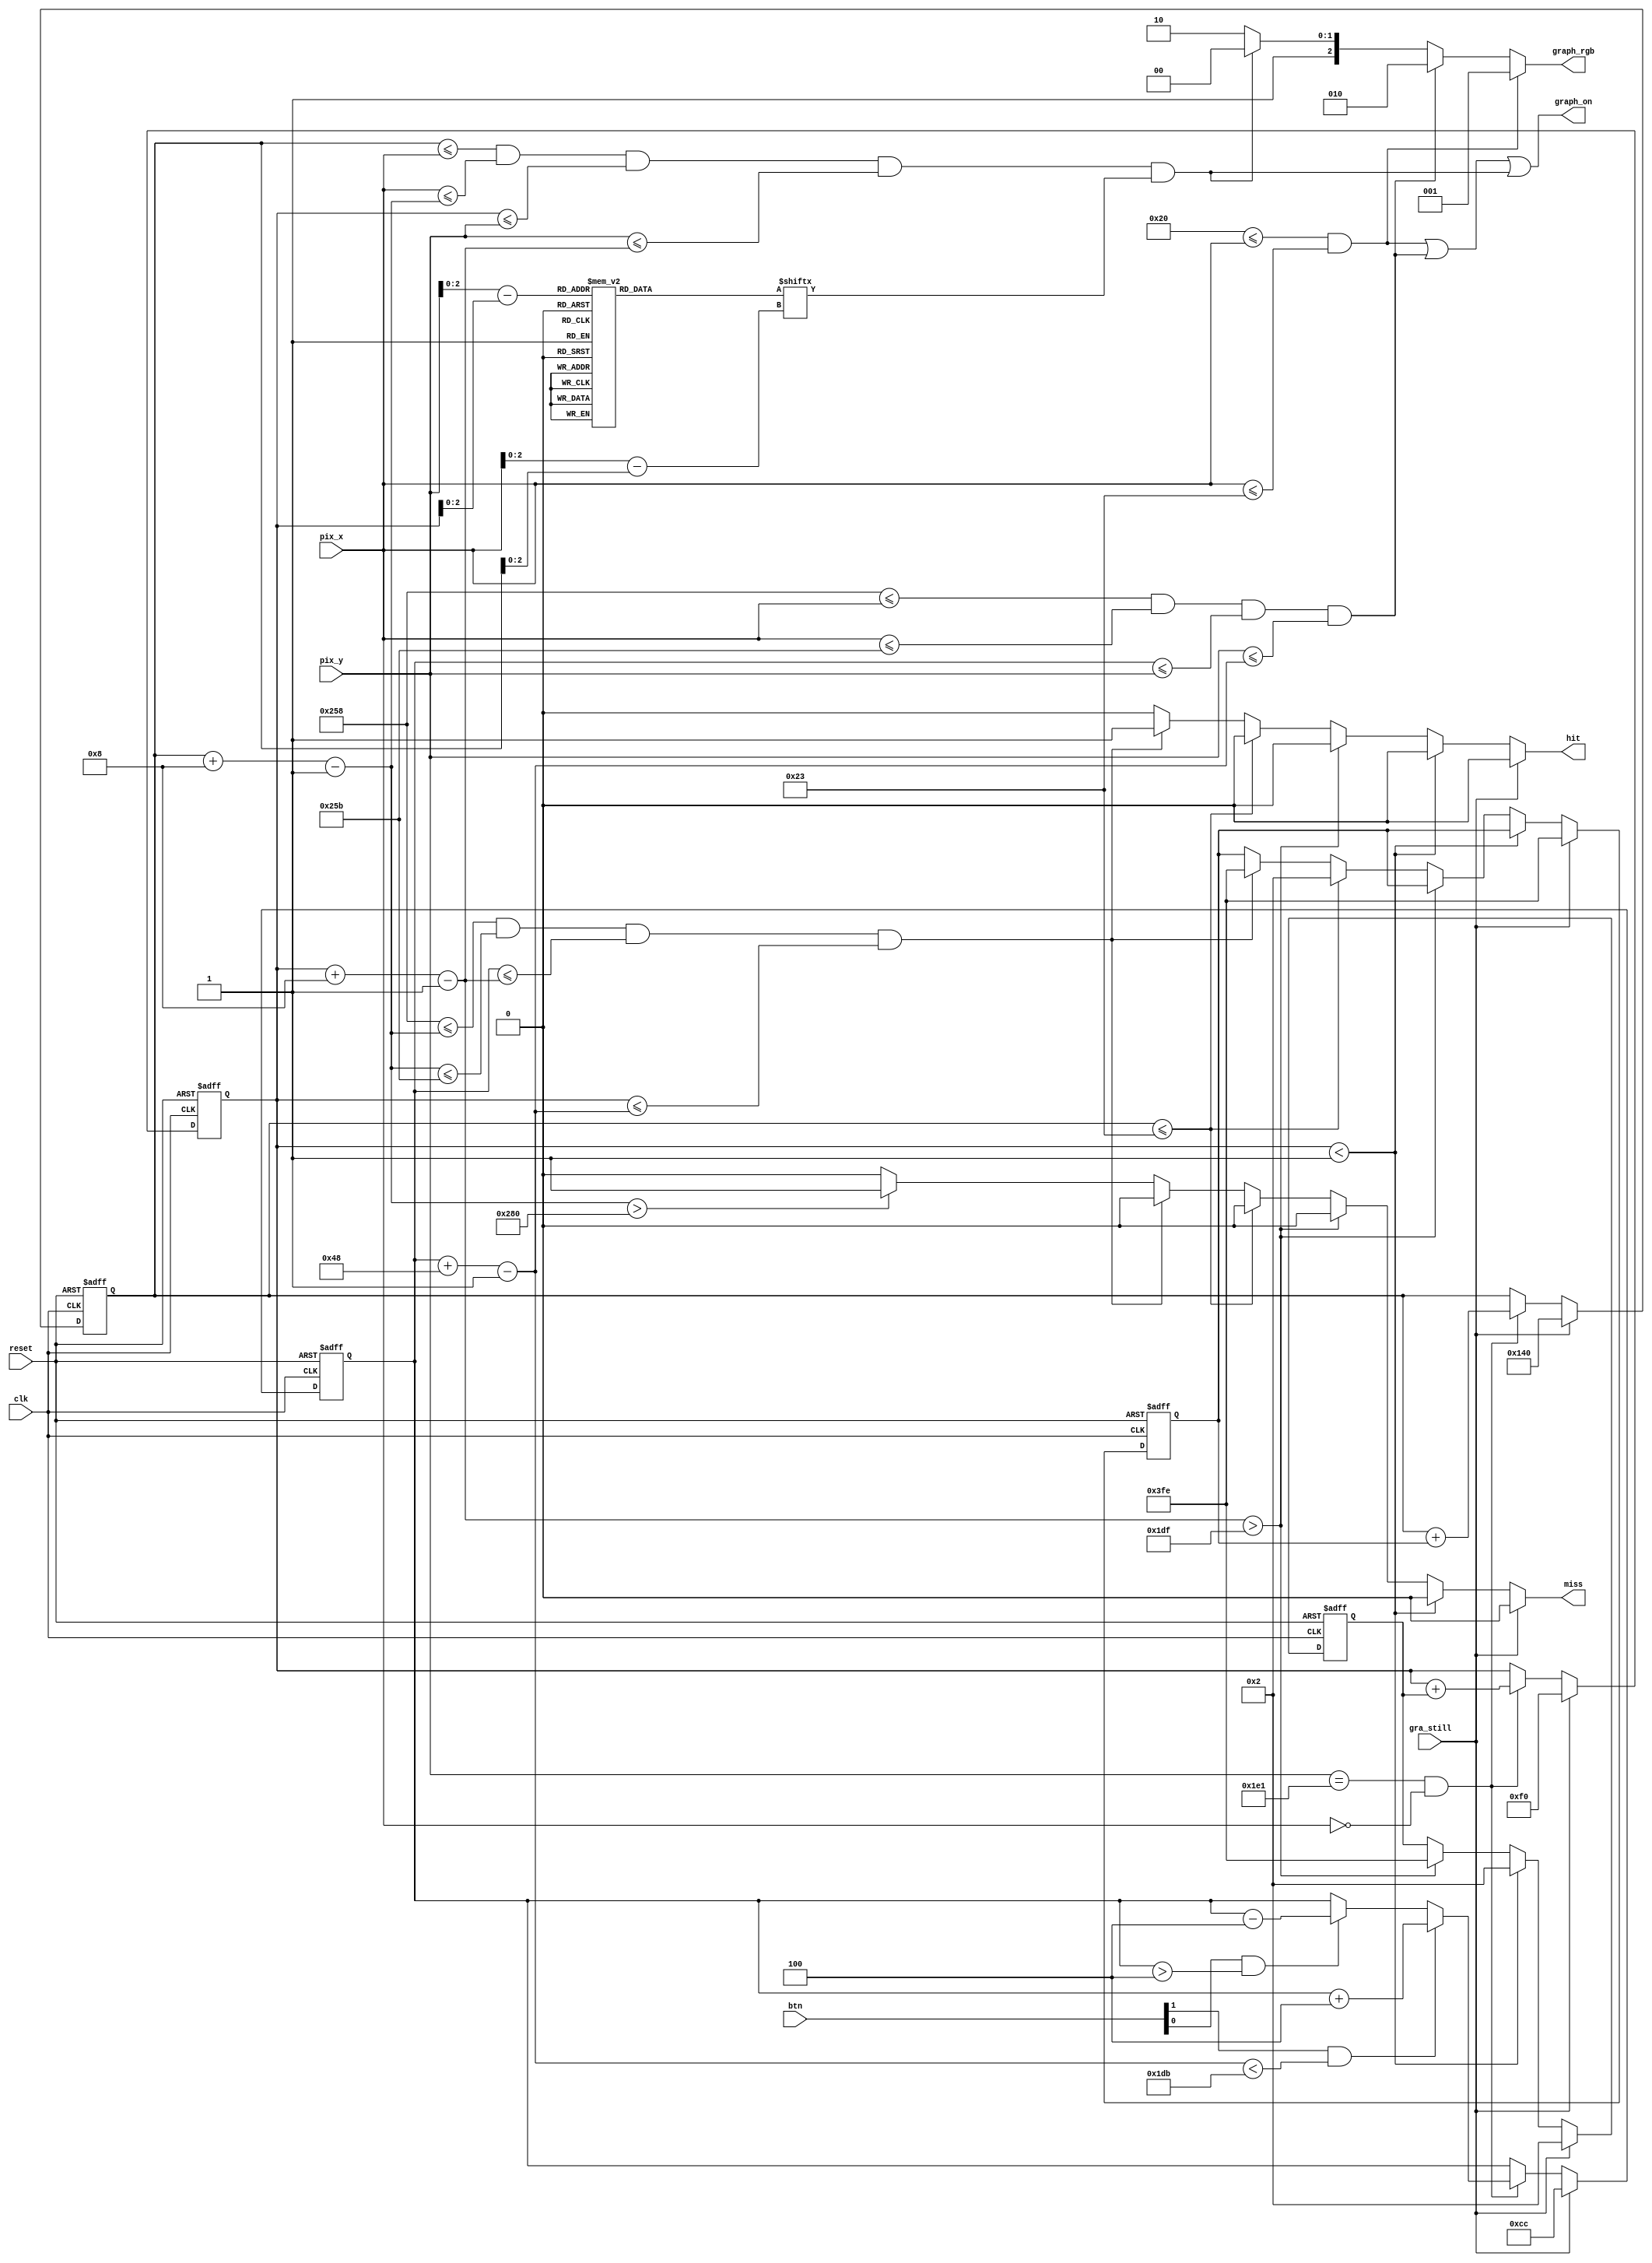
module pong_graph 
   (
    input wire clk, reset,
    input wire [1:0] btn,
    input wire [9:0] pix_x, pix_y,
    input wire gra_still,
    output wire graph_on,
    output reg hit, miss,
    output reg [2:0] graph_rgb
   );

   // costant and signal declaration
   // x, y coordinates (0,0) to (639,479)
   localparam MAX_X = 640;
   localparam MAX_Y = 480;
   wire refr_tick;
   //--------------------------------------------
   // vertical strip as a wall
   //--------------------------------------------
   // wall left, right boundary
   localparam WALL_X_L = 32;
   localparam WALL_X_R = 35;
   //--------------------------------------------
   // right vertical bar
   //--------------------------------------------
   // bar left, right boundary
   localparam BAR_X_L = 600;
   localparam BAR_X_R = 603;
   // bar top, bottom boundary
   wire [9:0] bar_y_t, bar_y_b;
   localparam BAR_Y_SIZE = 72;
   // register to track top boundary  (x position is fixed)
   reg [9:0] bar_y_reg, bar_y_next;
   // bar moving velocity when the button are pressed
   localparam BAR_V = 4;
   //--------------------------------------------
   // square ball
   //--------------------------------------------
   localparam BALL_SIZE = 8;
   // ball left, right boundary
   wire [9:0] ball_x_l, ball_x_r;
   // ball top, bottom boundary
   wire [9:0] ball_y_t, ball_y_b;
   // reg to track left, top position
   reg [9:0] ball_x_reg, ball_y_reg;
   wire [9:0] ball_x_next, ball_y_next;
   // reg to track ball speed
   reg [9:0] x_delta_reg, x_delta_next;
   reg [9:0] y_delta_reg, y_delta_next;
   // ball velocity can be pos or neg)
   localparam BALL_V_P = 2;
   localparam BALL_V_N = -2;
   //--------------------------------------------
   // round ball 
   //--------------------------------------------
   wire [2:0] rom_addr, rom_col;
   reg [7:0] rom_data;
   wire rom_bit;
   //--------------------------------------------
   // object output signals
   //--------------------------------------------
   wire wall_on, bar_on, sq_ball_on, rd_ball_on;
   wire [2:0] wall_rgb, bar_rgb, ball_rgb;
  
   // body 
   //--------------------------------------------
   // round ball image ROM
   //--------------------------------------------
   always @*
   case (rom_addr)
      3'h0: rom_data = 8'b00111100; //   ****
      3'h1: rom_data = 8'b01111110; //  ******
      3'h2: rom_data = 8'b11111111; // ********
      3'h3: rom_data = 8'b11111111; // ********
      3'h4: rom_data = 8'b11111111; // ********
      3'h5: rom_data = 8'b11111111; // ********
      3'h6: rom_data = 8'b01111110; //  ******
      3'h7: rom_data = 8'b00111100; //   ****
   endcase
   
   // registers
   always @(posedge clk, posedge reset)
      if (reset)
         begin
            bar_y_reg <= 0;
            ball_x_reg <= 0;
            ball_y_reg <= 0;
            x_delta_reg <= 10'h004;
            y_delta_reg <= 10'h004;
         end   
      else
         begin
            bar_y_reg <= bar_y_next;
            ball_x_reg <= ball_x_next;
            ball_y_reg <= ball_y_next;
            x_delta_reg <= x_delta_next;
            y_delta_reg <= y_delta_next;
         end   

   // refr_tick: 1-clock tick asserted at start of v-sync
   //       i.e., when the screen is refreshed (60 Hz)
   assign refr_tick = (pix_y==481) && (pix_x==0);
   
   //--------------------------------------------
   // (wall) left vertical strip
   //--------------------------------------------
   // pixel within wall
   assign wall_on = (WALL_X_L<=pix_x) && (pix_x<=WALL_X_R);
   // wall rgb output
   assign wall_rgb = 3'b001; // blue

   //--------------------------------------------
   // right vertical bar
   //--------------------------------------------
   // boundary
   assign bar_y_t = bar_y_reg;
   assign bar_y_b = bar_y_t + BAR_Y_SIZE - 1;
   // pixel within bar
   assign bar_on = (BAR_X_L<=pix_x) && (pix_x<=BAR_X_R) &&
                   (bar_y_t<=pix_y) && (pix_y<=bar_y_b); 
   // bar rgb output
   assign bar_rgb = 3'b010; // green
   // new bar y-position
   always @*
   begin
      bar_y_next = bar_y_reg; // no move
      if (gra_still) // initial position of paddle
         bar_y_next = (MAX_Y-BAR_Y_SIZE)/2;
      else if (refr_tick)
         if (btn[1] & (bar_y_b < (MAX_Y-1-BAR_V)))
            bar_y_next = bar_y_reg + BAR_V; // move down
         else if (btn[0] & (bar_y_t > BAR_V)) 
            bar_y_next = bar_y_reg - BAR_V; // move up
   end 

   //--------------------------------------------
   // square ball
   //--------------------------------------------
   // boundary
   assign ball_x_l = ball_x_reg;
   assign ball_y_t = ball_y_reg;
   assign ball_x_r = ball_x_l + BALL_SIZE - 1;
   assign ball_y_b = ball_y_t + BALL_SIZE - 1;
   // pixel within ball
   assign sq_ball_on =
            (ball_x_l<=pix_x) && (pix_x<=ball_x_r) &&
            (ball_y_t<=pix_y) && (pix_y<=ball_y_b);
   // map current pixel location to ROM addr/col
   assign rom_addr = pix_y[2:0] - ball_y_t[2:0];
   assign rom_col = pix_x[2:0] - ball_x_l[2:0];
   assign rom_bit = rom_data[rom_col];
   // pixel within ball
   assign rd_ball_on = sq_ball_on & rom_bit;
   // ball rgb output
   assign ball_rgb = 3'b100;   // red
  
   // new ball position
   assign ball_x_next = (gra_still) ? MAX_X/2 :
                        (refr_tick) ? ball_x_reg+x_delta_reg :
                        ball_x_reg ;
   assign ball_y_next = (gra_still) ? MAX_Y/2 :
                        (refr_tick) ? ball_y_reg+y_delta_reg :
                        ball_y_reg ;
   // new ball velocity
   always @*   
   begin
      hit = 1'b0;
      miss = 1'b0;
      x_delta_next = x_delta_reg;
      y_delta_next = y_delta_reg;
      if (gra_still)     // initial velocity
         begin
            x_delta_next = BALL_V_N;
            y_delta_next = BALL_V_P;
         end   
      else if (ball_y_t < 1) // reach top
         y_delta_next = BALL_V_P;
      else if (ball_y_b > (MAX_Y-1)) // reach bottom
         y_delta_next = BALL_V_N;
      else if (ball_x_l <= WALL_X_R) // reach wall
         x_delta_next = BALL_V_P;    // bounce back
      else if ((BAR_X_L<=ball_x_r) && (ball_x_r<=BAR_X_R) &&
               (bar_y_t<=ball_y_b) && (ball_y_t<=bar_y_b))
         begin
            // reach x of right bar and hit, ball bounce back
            x_delta_next = BALL_V_N;  
            hit = 1'b1;
         end
      else if (ball_x_r>MAX_X)   // reach right border
         miss = 1'b1;            // a miss       
   end 

   //--------------------------------------------
   // rgb multiplexing circuit
   //--------------------------------------------
   always @* 
      if (wall_on)
         graph_rgb = wall_rgb;
      else if (bar_on)
         graph_rgb = bar_rgb;
      else if (rd_ball_on)
           graph_rgb = ball_rgb;
      else
            graph_rgb = 3'b110; // yellow background
   // new graphic_on signal
   assign graph_on = wall_on | bar_on | rd_ball_on;

endmodule